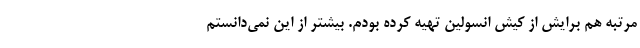
مرتبه هم برایش از کیش انسولین تهیه کرده بودم. بیشتر از این نمی‌دانستم